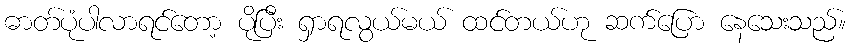
ဓာတ်ပုံပါလာရင်တော့ ပိုပြီး ရှာရလွယ်မယ် ထင်တယ်ဟု ဆက်ပြော နေသေးသည်။